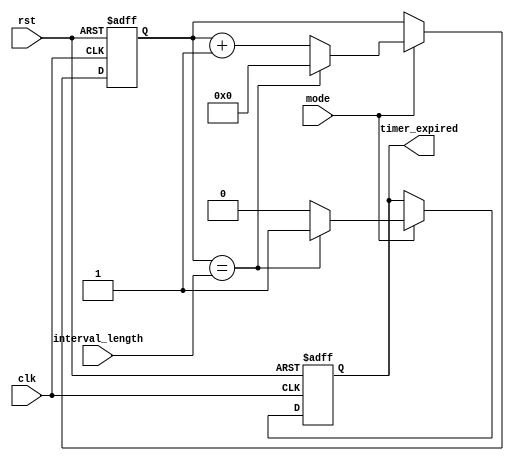
module IntervalTimer(
    input wire clk,
    input wire rst,
    input wire [31:0] interval_length,
    input wire mode,
    output reg timer_expired
);

reg [31:0] count;

always @(posedge clk or posedge rst) begin
    if (rst) begin
        count <= 0;
        timer_expired <= 0;
    end
    else if (mode) begin
        if (count == interval_length) begin
            count <= 0;
            timer_expired <= 1;
        end
        else begin
            count <= count + 1;
            timer_expired <= 0;
        end
    end
end

endmodule